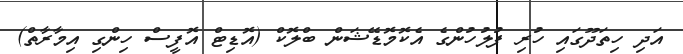
އަދި ހިތަދޫގައި ހުރި ފުލުހުންގެ އެކޮމޮޑޭޝަން ބްލޮކް (އޮޑިޓް އޮފީސް ހިންގި އިމާރާތް)